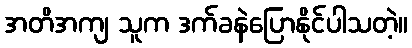
အတိအကျ သူက ဒက်ခနဲပြောနိုင်ပါသတဲ့။